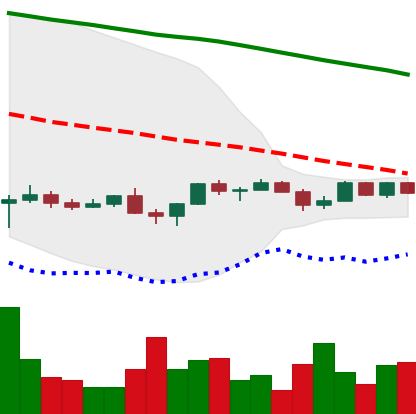
Ticker: NEO-USD
Chart end date: 2022-12-03
Forward return: 3.877%
Label: up_3_5